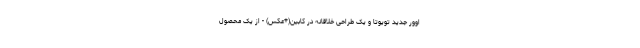
اوور جدید تویوتا و یک طراحی خلاقانه در کابین(+عکس) - از یک محصول